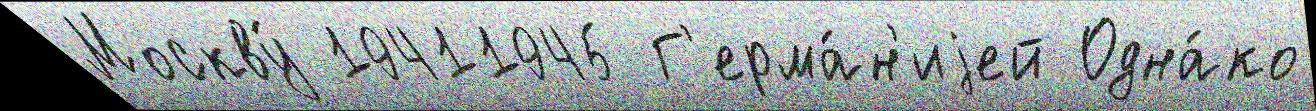
Москву́ 19411945 Г'ерма́н'иjей Одна́ко